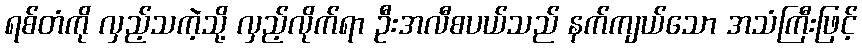
ရစ်တံကို လှည့်သကဲ့သို့ လှည့်လိုက်ရာ ဦးအလီစပယ်သည် နက်ကျယ်သော အသံကြီးဖြင့်